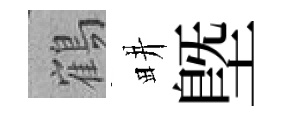
鶴畊塈